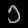
Digit: ၁